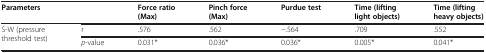
<table><thead><tr><td><b>Parameters</b></td><td><b> </b></td><td><b>Force ratio (Max)</b></td><td><b>Pinch force (Max)</b></td><td><b>Purdue test</b></td><td><b>Time (lifting light objects)</b></td><td><b>Time (lifting heavy objects)</b></td></tr></thead><tbody><tr><td>S-W (pressure threshold test)</td><td>r</td><td>.576</td><td>.562</td><td>−.564</td><td>.709</td><td>.552</td></tr><tr><td> </td><td><i>p</i>-value</td><td>0.031*</td><td>0.036*</td><td>0.036*</td><td>0.005*</td><td>0.041*</td></tr></tbody></table>